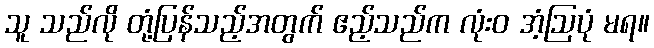
သူ သည်လို တုံ့ပြန်သည့်အတွက် ဧည့်သည်က လုံးဝ အံ့ဩပုံ မရ။